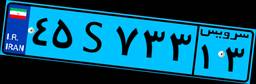
۴۵S۷۳۳۱۳